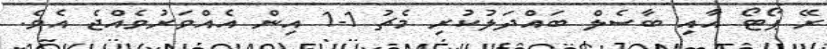
ރޭ ޕޯޓޯ އާއި ބާސެލް ބައްދަލުކުރި މެޗު 1-1 އިން އެއްވަރުވެއްޖެ އެވެ.